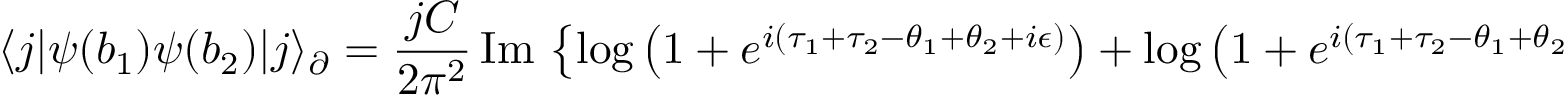
\langle j | \psi ( b _ { 1 } ) \psi ( b _ { 2 } ) | j \rangle _ { \partial } = \frac { j C } { 2 \pi ^ { 2 } } \, \mathrm { I m } \, \left\lbrace \log \left( 1 + e ^ { i ( \tau _ { 1 } + \tau _ { 2 } - \theta _ { 1 } + \theta _ { 2 } + i \epsilon ) } \right) + \log \left( 1 + e ^ { i ( \tau _ { 1 } + \tau _ { 2 } - \theta _ { 1 } + \theta _ { 2 } + i \epsilon ) } \right) \right\rbrace \ .